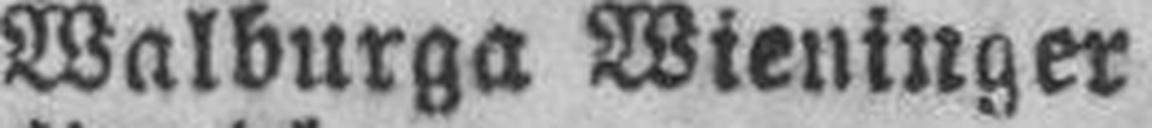
Walburga Wieninger